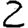
Digit: 2